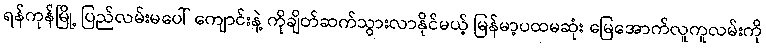
ရန်ကုန်မြို့ ပြည်လမ်းမပေါ် ကျောင်းနဲ့ ကိုချိတ်ဆက်သွားလာနိုင်မယ့် မြန်မာ့ပထမဆုံး မြေအောက်လူကူလမ်းကို